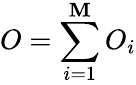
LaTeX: O=\sum_{i=1}^{\mathbf{M}}O_{i}